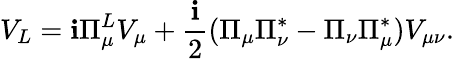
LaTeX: V_{L}=\mathbf{i}\Pi_{\mu}^{L}V_{\mu}+\frac{{\mathbf{i}}}{{2}}(\Pi_{\mu}\Pi_{\nu}^{*}-\Pi_{\nu}\Pi_{\mu}^{*})V_{\mu\nu}.